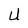
Character: U